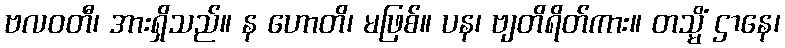
ဗလဝတီ၊ အားရှိသည်။ န ဟောတိ၊ မဖြစ်။ ပန၊ ဗျတိရိတ်ကား။ တသ္မိံ ဌာနေ၊